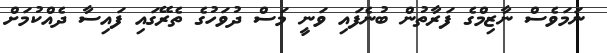
ނަމަވެސް ނާޒިމްގެ ފަރާތުން ބުނެފައި ވަނީ މަސް ދުވަހުގެ ތެރޭގައި ފައިސާ ދެއްކުމަށް